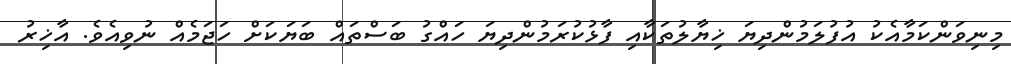
މިނިވަންކަމާއެކު އުފުލަމުންދިޔަ ޚިޔާލުތަކާއި ފާޅުކުރަމުންދިޔަ ހައްގު ބަސްތައް ބަޔަކަށް ހަޖަމެއް ނުވިއެވެ. އާޚިރު